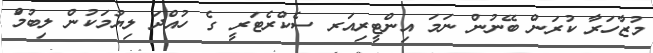
މުޒާހަރާ ކުރަން ބޭނުން ނަމަ އިންޓީރިއަރ ސެކްރެޓަރީ ގެ ހުއްދަ ލިޔުމަކުން ލިބުމަް